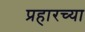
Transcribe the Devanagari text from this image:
प्रहारच्या